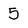
Character: 5